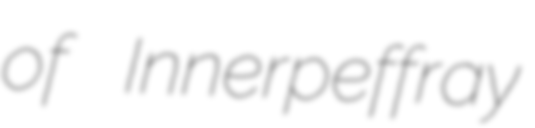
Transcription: of Innerpeffray